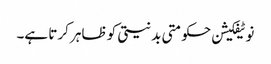
نوٹیفکیشن حکومتی بدنیتی کو ظاہر کرتا ہے۔